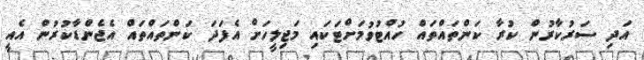
އަދި ސަރުކާރުން ކުރާ ކަންތައްތައް ހުއްޓުވުމަށްޓަކައި މަޖިލީހަށް އެފަދަ ކަންތައްތައް އެޖެންޑާކުރުން އެއީ